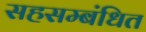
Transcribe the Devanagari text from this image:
सहसम्बंधित